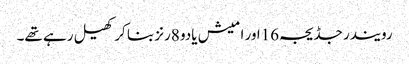
رویندر جڈیجہ16اور امیش یادو 8رنز بنا کر کھیل رہے تھے۔